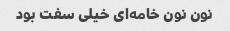
نون نون خامه‌ای خیلی سفت بود